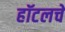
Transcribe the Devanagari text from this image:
हॉटलचे